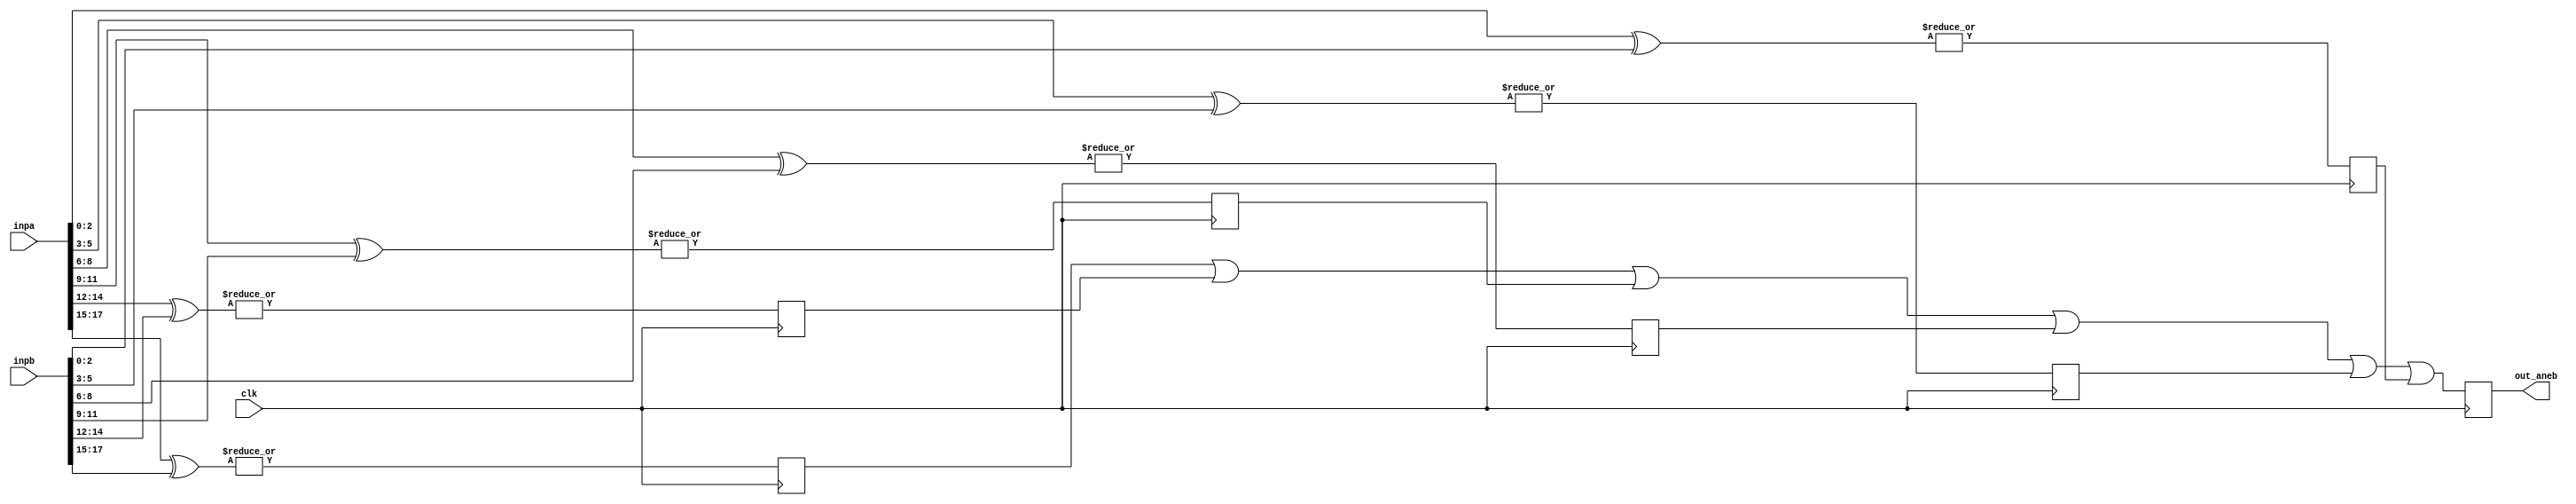
// (C) 2001-2016 Altera Corporation. All rights reserved.
// Your use of Altera Corporation's design tools, logic functions and other 
// software and tools, and its AMPP partner logic functions, and any output 
// files any of the foregoing (including device programming or simulation 
// files), and any associated documentation or information are expressly subject 
// to the terms and conditions of the Altera Program License Subscription 
// Agreement, Altera MegaCore Function License Agreement, or other applicable 
// license agreement, including, without limitation, that your use is for the 
// sole purpose of programming logic devices manufactured by Altera and sold by 
// Altera or its authorized distributors.  Please refer to the applicable 
// agreement for further details.


// ___________________________________________________________________________
// $Id: //acds/main/ip/ethernet/alt_eth_ultra_100g/rtl/mac/e100_hproc_4.v#15 $
// $Revision: #15 $
// $Date: 2013/08/30 $
// $Author: adubey $
// Credits: Gregg Baeckler
// ___________________________________________________________________________


 module aneb_18 (
	 input wire clk
        ,input wire [17:0] inpa 
	,input wire [17:0] inpb 
        ,output reg out_aneb 
	 );

// break this troublesome compare in half
 wire [2:0] inpa_n5, inpa_n4, inpa_n3, inpa_n2, inpa_n1, inpa_n0;
 wire [2:0] inpb_n5, inpb_n4, inpb_n3, inpb_n2, inpb_n1, inpb_n0;

 assign {inpa_n5, inpa_n4, inpa_n3, inpa_n2, inpa_n1, inpa_n0} = inpa;
 assign {inpb_n5, inpb_n4, inpb_n3, inpb_n2, inpb_n1, inpb_n0} = inpb;

 reg ina_neq_inb_0 = 1'b0;
 reg ina_neq_inb_1 = 1'b0;
 reg ina_neq_inb_2 = 1'b0;
 reg ina_neq_inb_3 = 1'b0;
 reg ina_neq_inb_4 = 1'b0;
 reg ina_neq_inb_5 = 1'b0;
 always @(posedge clk) 
    begin
	ina_neq_inb_0 <= |(inpa_n0 ^ inpb_n0); 
	ina_neq_inb_1 <= |(inpa_n1 ^ inpb_n1); 
	ina_neq_inb_2 <= |(inpa_n2 ^ inpb_n2); 
	ina_neq_inb_3 <= |(inpa_n3 ^ inpb_n3); 
	ina_neq_inb_4 <= |(inpa_n4 ^ inpb_n4); 
	ina_neq_inb_5 <= |(inpa_n5 ^ inpb_n5); 
    end

always @(posedge clk) 
   begin
	out_aneb <= {ina_neq_inb_5|ina_neq_inb_4|ina_neq_inb_3|ina_neq_inb_2|ina_neq_inb_1|ina_neq_inb_0};
   end

 // ____________________________________________________________________________________________________________
 //

endmodule

// BENCHMARK INFO : Date : Wed Oct  1 18:08:34 2014
// BENCHMARK INFO : Quartus version : /tools/acdskit/14.1/136/linux64/quartus/bin
// BENCHMARK INFO : benchmark P4 version: 14 
// BENCHMARK INFO : benchmark path: /tools/ipd_tools/1.14/linux64/bin
// BENCHMARK INFO : Total registers : 7
// BENCHMARK INFO : Total pins : 38
// BENCHMARK INFO : Total virtual pins : 0
// BENCHMARK INFO : Total block memory bits : 0
// BENCHMARK INFO : Number of Fitter seeds : 3
// BENCHMARK INFO : Device: 10AX115K4F36I3SG
// BENCHMARK INFO : ALM usage: 4
// BENCHMARK INFO : Combinational ALUT usage: 7
// BENCHMARK INFO : Fitter seed 1000: Worst setup slack @ 500 MHz : 0.916 ns, From ina_neq_inb_1, To out_aneb~reg0 
// BENCHMARK INFO : Fitter seed 2234: Worst setup slack @ 500 MHz : 0.858 ns, From ina_neq_inb_2, To out_aneb~reg0 
// BENCHMARK INFO : Fitter seed 3468: Worst setup slack @ 500 MHz : 0.831 ns, From ina_neq_inb_1, To out_aneb~reg0 
// BENCHMARK INFO : Elapsed benchmark time: 893.1 seconds